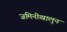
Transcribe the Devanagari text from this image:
जमिनीखालुन